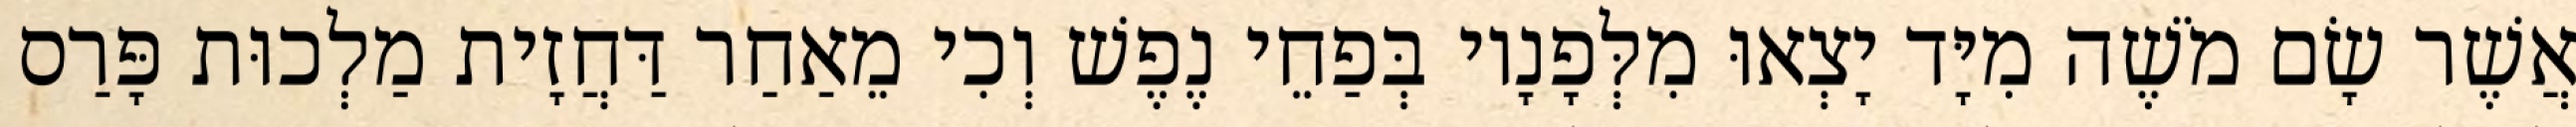
אֲשֶׁר שָׂם מֹשֶׁה מִיָּד יָצְאוּ מִלְּפָנָיו בְּפַחֵי נֶפֶשׁ וְכִי מֵאַחַר דַּחֲזָית מַלְכוּת פָּרַס